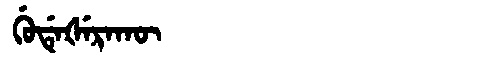
Manchu: ᡤᡠᡩᡝᡧᡝᡵᠠᡴᡡ
Romanization: GUDEŠERAKŪ